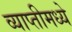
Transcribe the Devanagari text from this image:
व्याप्तीमध्ये